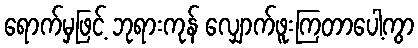
ရောက်မှဖြင့် ဘုရားကုန် လျှောက်ဖူးကြတာပေါ့ကွာ